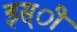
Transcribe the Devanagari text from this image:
इस्ी